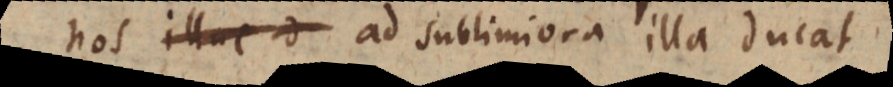
nos ad sublimiora illa ducat